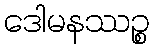
ဒေါမနဿဉ္စ